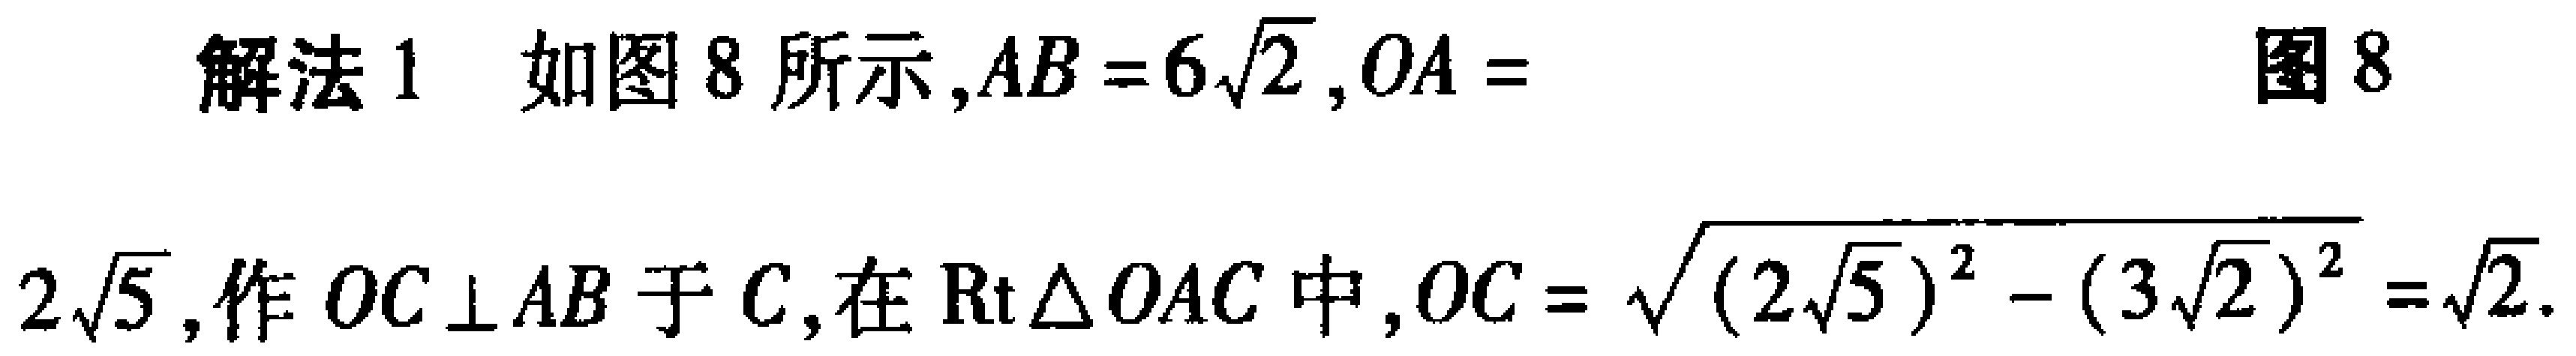
解法1 如图8所示,$AB = 6\sqrt{2},OA = 2\sqrt{5}$,作$OC\perp AB$于$C$,在$\text{Rt}\triangle OAC$中,$OC = \sqrt{(2\sqrt{5})^{2} - (3\sqrt{2})^{2}}=\sqrt{2}$.